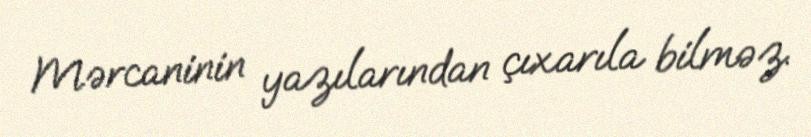
Mərcaninin yazılarından çıxarıla bilməz.